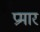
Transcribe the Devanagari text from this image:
प्रमार